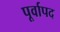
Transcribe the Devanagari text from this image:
पूर्वापद